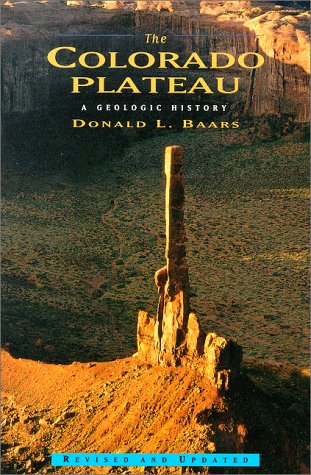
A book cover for The Colorado Plateau: A Geologic History; Donald L. Baars; Science & Math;